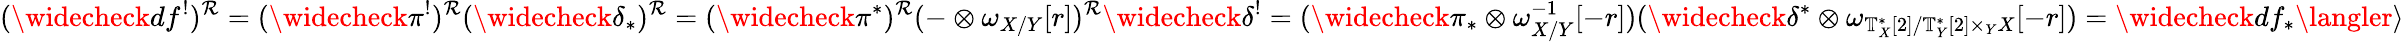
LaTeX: (\widecheck{d}f^{!})^{\mathcal{R}}=(\widecheck{\pi}^{!})^{\mathcal{R}}(\widecheck{\delta}_{*})^{\mathcal{R}}=(\widecheck{\pi}^{*})^{\mathcal{R}}(-\otimes\omega_{X/Y}[r])^{\mathcal{R}}\widecheck{\delta}^{!}=(\widecheck{\pi}_{*}\otimes\omega_{X/Y}^{-1}[-r])(\widecheck{\delta}^{*}\otimes\omega_{\mathbb{{T}}_{X}^{*}[2]/\mathbb{{T}}_{Y}^{*}[2]\times_{Y}X}[-r])=\widecheck{d}f_{*}\langler\rangle